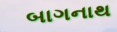
બાગનાથ